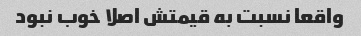
واقعا نسبت به قیمتش اصلا خوب نبود